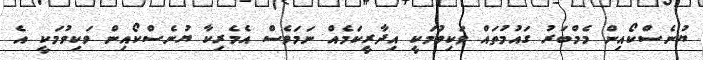
ޔުނެސްކޯއިން މެމްބަރު ގައުމުތައް ވަކިވުމަކީ އިދާރީކަމެއް ނަމަވެސް އެމެރިކާ ޔުނެސްކޯއިން ވަކިވުމަކީ އެ